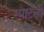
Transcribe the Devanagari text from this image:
स्मार्टली